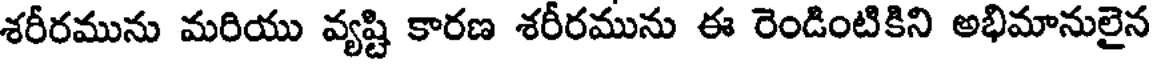
శరీరమును మరియు వ్యష్టి కారణ శరీరమును ఈ రెండింటికిని అభిమానులైన